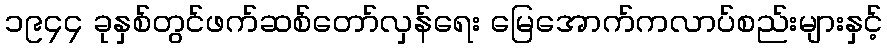
၁၉၄၄ ခုနှစ်တွင်ဖက်ဆစ်တော်လှန်ရေး မြေအောက်ကလာပ်စည်းများနှင့်